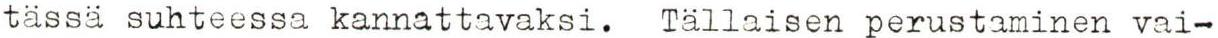
tässä suhteessa kannattavaksi. Tällaisen perustaminen vai-